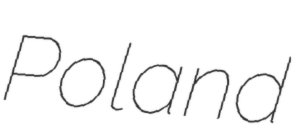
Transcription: Poland